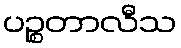
ပဉ္စတာလီသ